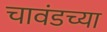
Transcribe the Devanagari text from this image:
चावंडच्या